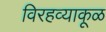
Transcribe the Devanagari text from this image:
विरहव्याकूळ